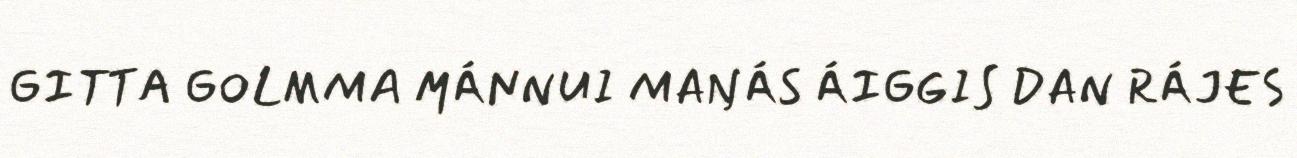
GITTA GOLMMA MÁNNUI MAŊÁS ÁIGGIS DAN RÁJES